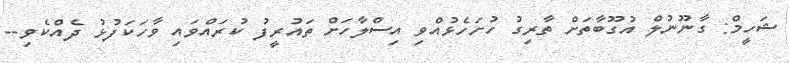
ޝަހީމް: ގާނޫނުލް އުގޫބާތަށް ތާރިގު ހުށަހެޅުއްވި އިސްލާހަށް ތައުރީފު ކުރައްވައި ވާހަކަފުޅު ދެއްކެވި--